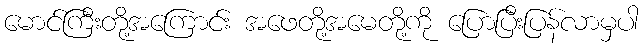
မောင်ကြီးတို့အကြောင်း အဖေတို့အမေတို့ကို ပြောပြီးပြန်လာမှပါ